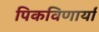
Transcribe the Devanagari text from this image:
पिकविणार्या